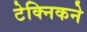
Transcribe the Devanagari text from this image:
टेक्निकने